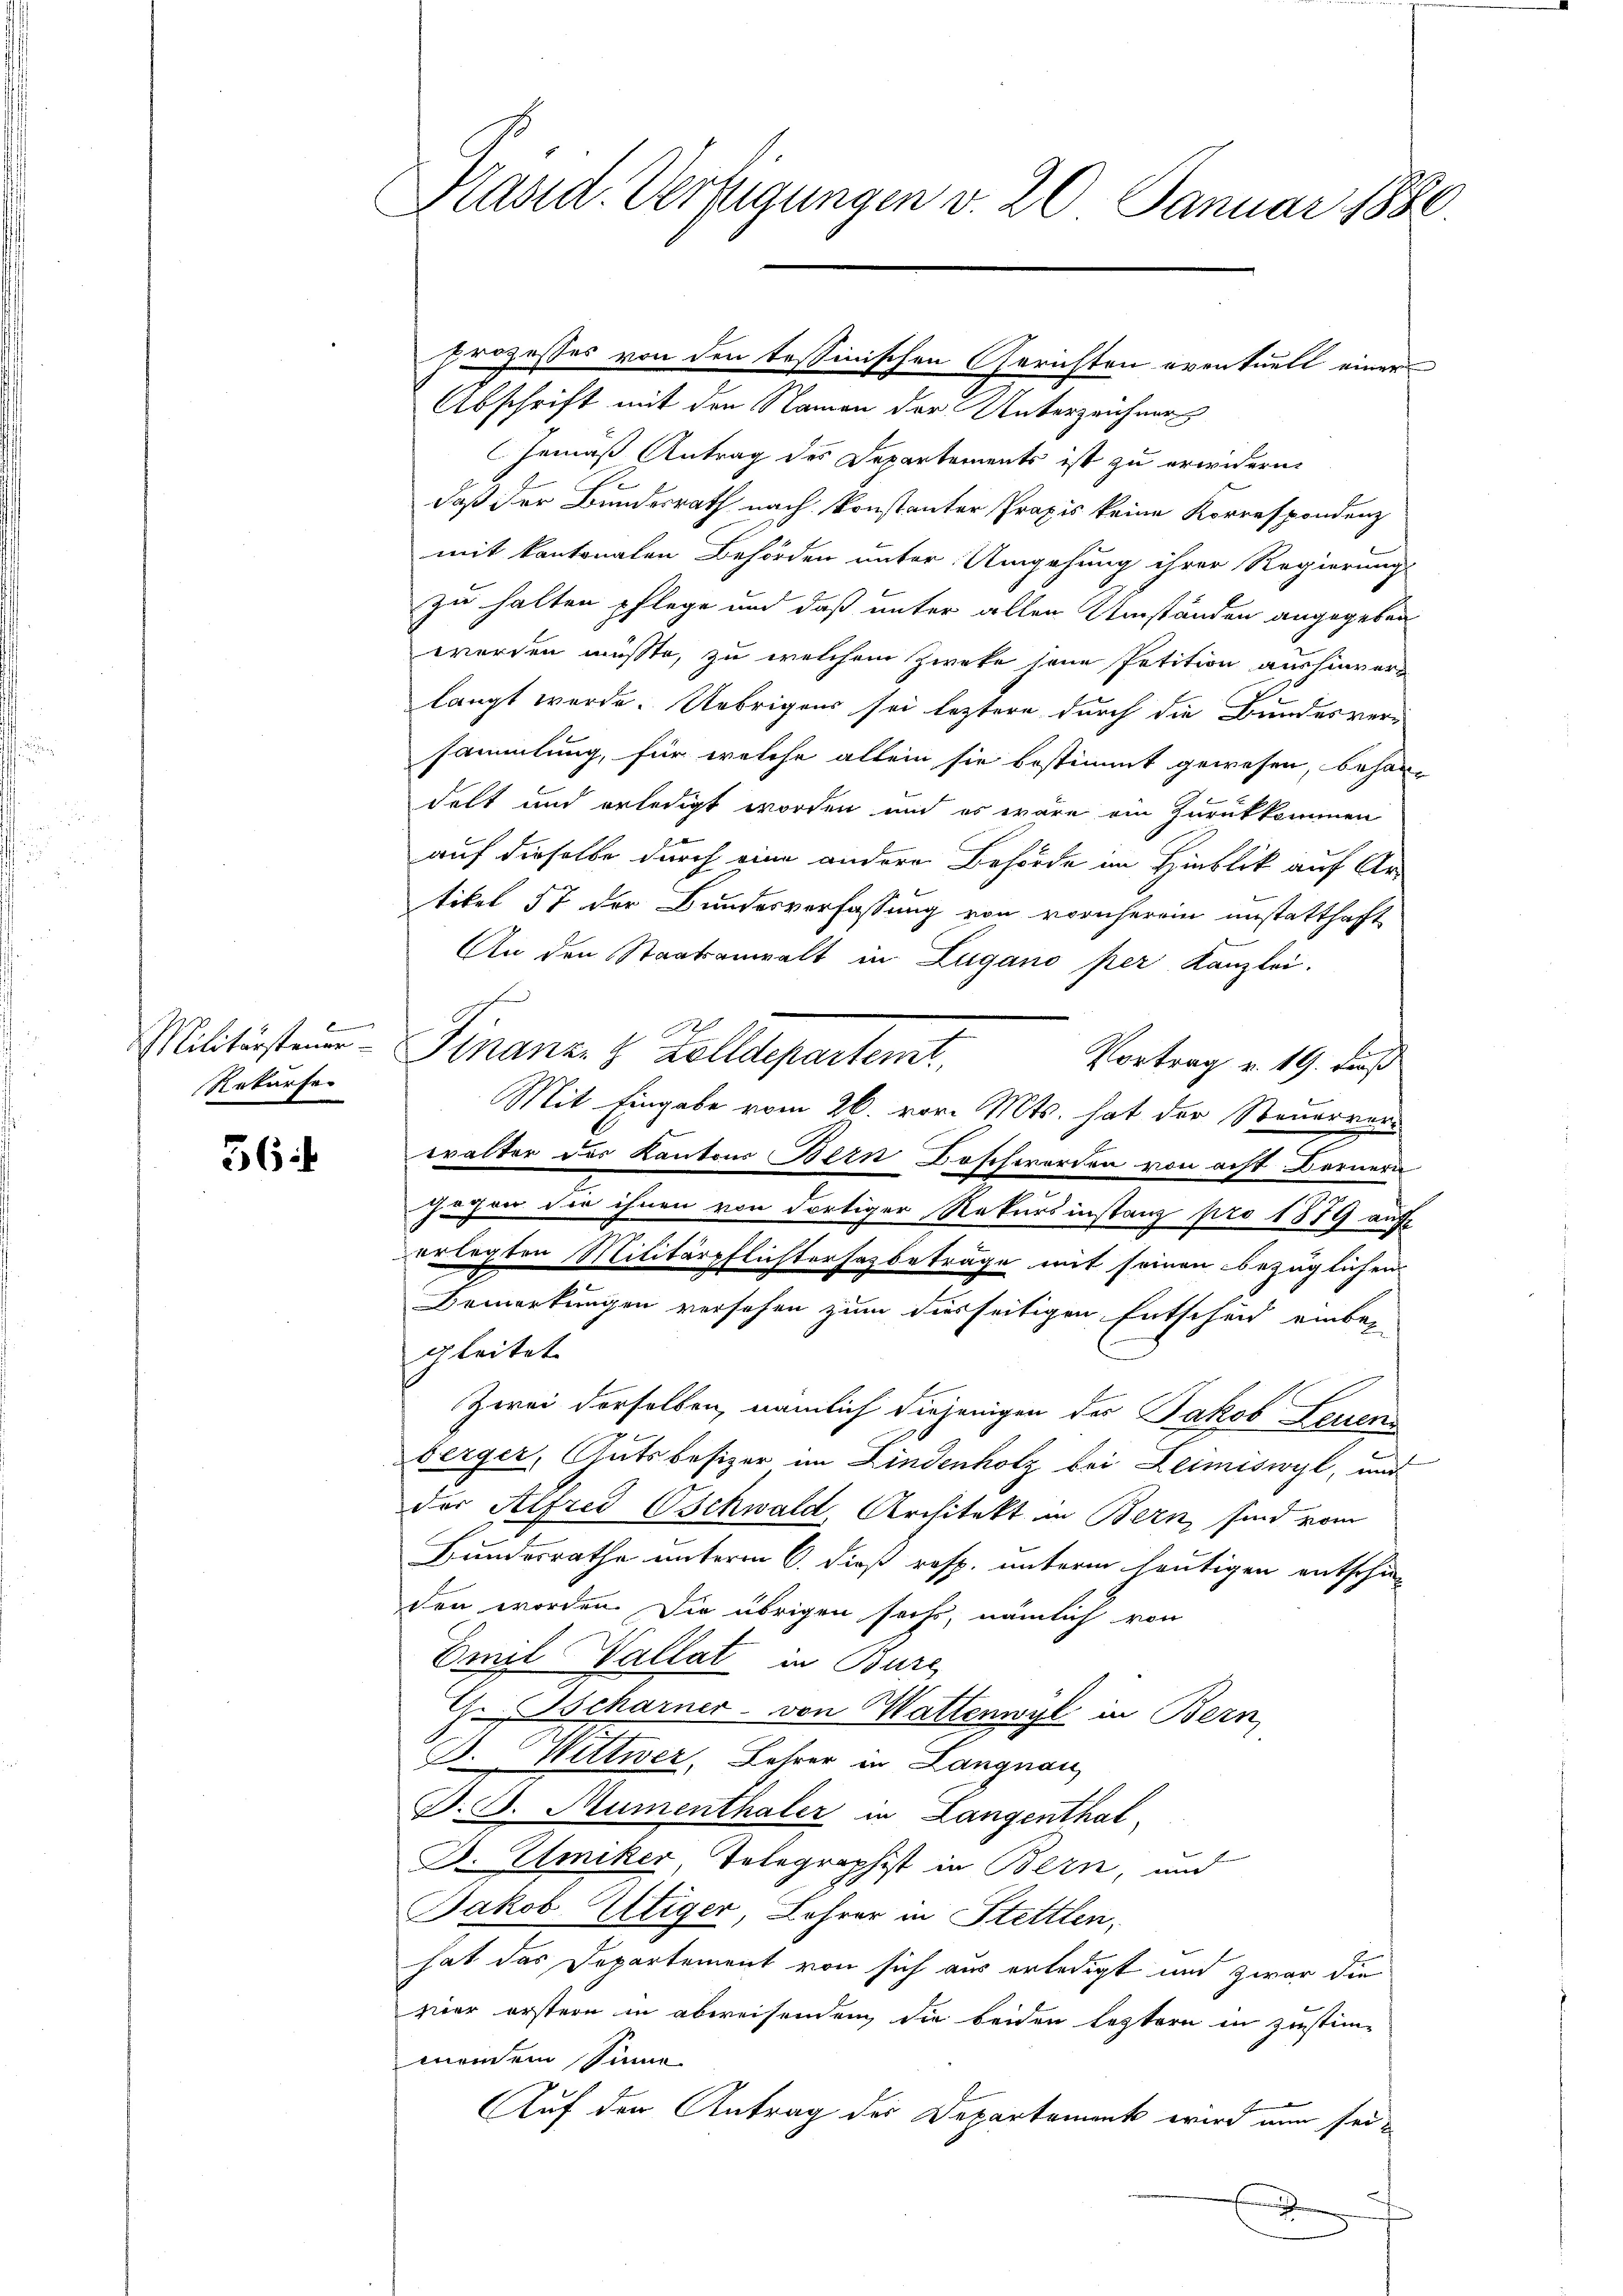
B
Rekurse

36

Präsid. Verfügungen v. 20 Januar 1880.

Abschrift mit den Namen der Unterzeichner
Gemäß Antrag des Departements ist zu erwidern.
daß der Bundesrath nach konstanter Praxis keine Korrespondenz
mit kantonalen Behörden unter Umgehung ihrer Regierung
zu halten pflege und daß unter allen Umständen angegeben
werden müßte, zu welchem Zweke seine Petition aushinverlangt werde. Uebrigens sei leztere durch die Bundesversammlung, für welche allein sie bestimmt gewesen, behardelt und erledigt worden und es wäre ein Zurückkommen
auf dieselbe durch eine andere Behörde im Hinblick auf Ar-
tikel 57 der Bundesverfassung von vornherein unstatthaft
An den Staatsanwalt in Lugano per Kanzlei.
Militärsteuer Finanz- & Zolldepartemt,
Vortrag v. 19. dieß
Mit Eingabe vom 26. vor. Mts. hat der Steuerverwalter der Kantons Bern Doschwerden von acht Bernern
gegen die ihnen von dortiger Rekursinstanz pro 1879 auf
erlegten Militärpflichterhazbeträge mit seinen bezüglichen
Bemerkungen versehen zum derseitigen Entscheid einbar
gleitet
Zwei derselben, nämlich diejenigen des Jakob Leuen
berger, Gutsbesizer im Lindenholz bei Leimiswyl, und
der Alfred Oschwald, Architekt in Bern, sind vom
Bundesrathe unterm 6. dieß resp. unterm heutigen entschieden worden. Die übrigen sechs, nämlich von
Emil Wallat in Bure
G. Tscharner von Wattenwyl in Bern,
J. Wittwer, Lehrer in Langnau,
P. D. Rumenthaler in Langenthal
D. Emiker Telegraphist in Bern, und
Jakob Eltiger Lehrer in Stettlen,
hat das Departement von sich aus erledigt und zwar die
vier erstern in abweisenden die beiden leztern in Zustim-
mendem Sinne
Auf den Antrag der Departement wird nun sei¬

prozesses von den tessinischen Gerichten eventuell einer